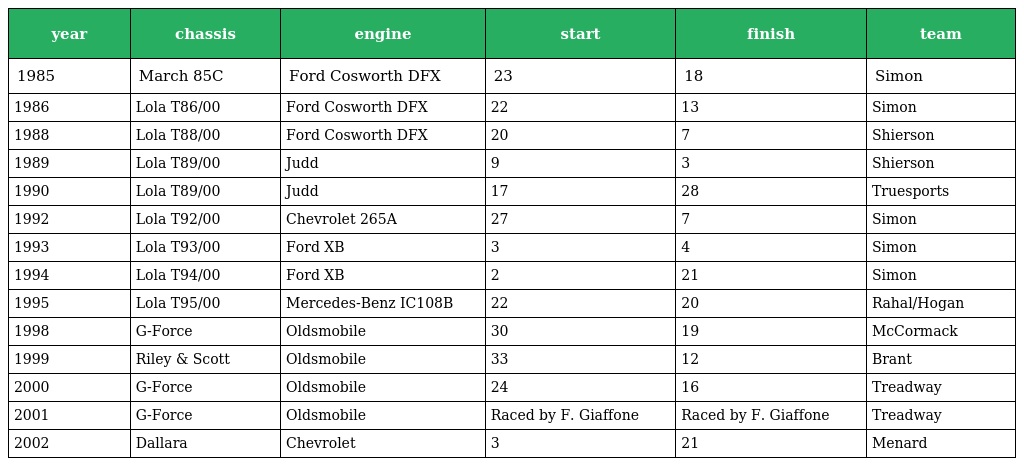
| year | chassis | engine | start | finish | team |
 | --- | --- | --- | --- | --- | --- |
 | 1985 | March 85C | Ford Cosworth DFX | 23 | 18 | Simon |
 | 1986 | Lola T86/00 | Ford Cosworth DFX | 22 | 13 | Simon |
 | 1988 | Lola T88/00 | Ford Cosworth DFX | 20 | 7 | Shierson |
 | 1989 | Lola T89/00 | Judd | 9 | 3 | Shierson |
 | 1990 | Lola T89/00 | Judd | 17 | 28 | Truesports |
 | 1992 | Lola T92/00 | Chevrolet 265A | 27 | 7 | Simon |
 | 1993 | Lola T93/00 | Ford XB | 3 | 4 | Simon |
 | 1994 | Lola T94/00 | Ford XB | 2 | 21 | Simon |
 | 1995 | Lola T95/00 | Mercedes-Benz IC108B | 22 | 20 | Rahal/Hogan |
 | 1998 | G-Force | Oldsmobile | 30 | 19 | McCormack |
 | 1999 | Riley & Scott | Oldsmobile | 33 | 12 | Brant |
 | 2000 | G-Force | Oldsmobile | 24 | 16 | Treadway |
 | 2001 | G-Force | Oldsmobile | Raced by F. Giaffone | Raced by F. Giaffone | Treadway |
 | 2002 | Dallara | Chevrolet | 3 | 21 | Menard |